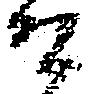
有